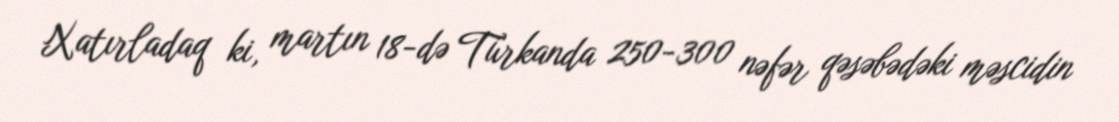
Xatırladaq ki, martın 18-də Türkanda 250-300 nəfər qəsəbədəki məscidin